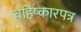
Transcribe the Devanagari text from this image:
बहिष्कारपत्र